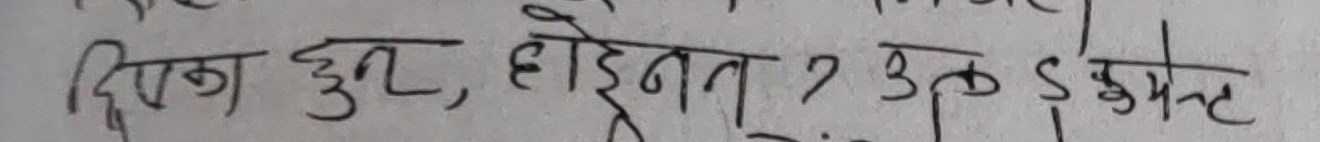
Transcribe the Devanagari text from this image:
दिएका हुन्, होइन त ? उक डिस्केट